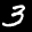
Label: 3